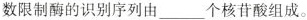
数限制酶的识别序列的___个核苷酸组成。